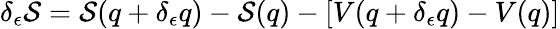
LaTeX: \delta_{\epsilon}\mathcal{S}=\mathcal{S}(q+\delta_{\epsilon}q)-\mathcal{S}(q)-[V(q+\delta_{\epsilon}q)-V(q)]